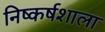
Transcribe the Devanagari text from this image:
निष्कर्षशाला